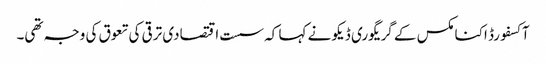
آکسفورڈ اکنامکس کے گریگوری ڈیکو نے کہا کہ سست اقتصادی ترقی کی تعوق کی وجہ تھی۔